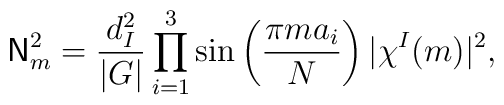
{\sf N}_m^2 = \frac{d_I^2}{|G|}\prod_{i=1}^3\sin\left(\frac{\pi ma_i}{N}\right)|\chi^I(m)|^2,